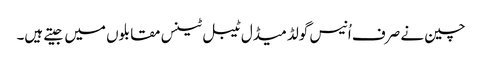
چین نے صرف اُنیس گولڈ میڈل ٹیبل ٹینس مقابلوں میں جیتے ہیں۔